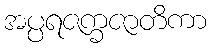
အပ္ပရဇက္ခဇာတိကာ